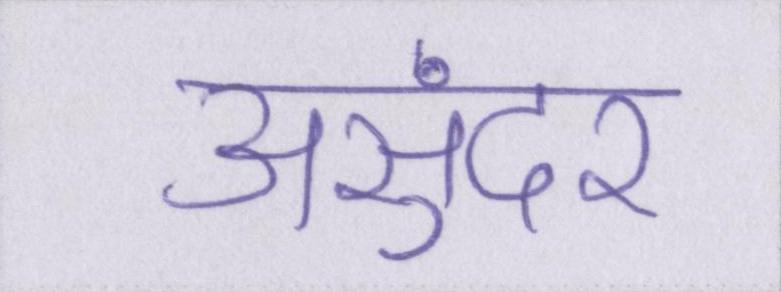
असुंदर